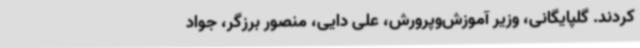
کردند. گلپایگانی، وزیر آموزش‌وپرورش، علی دایی، منصور برزگر، جواد